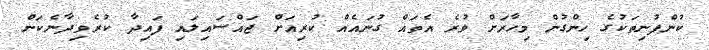
ކުންފުނިތަކުގެ ހިންގުން މިހާރަށް ވުރެ އެތައް ގުނައެއް ކުރިއަށް ޖައްސައިލައި ފައިދާ ކުރެވިދާނެކަން